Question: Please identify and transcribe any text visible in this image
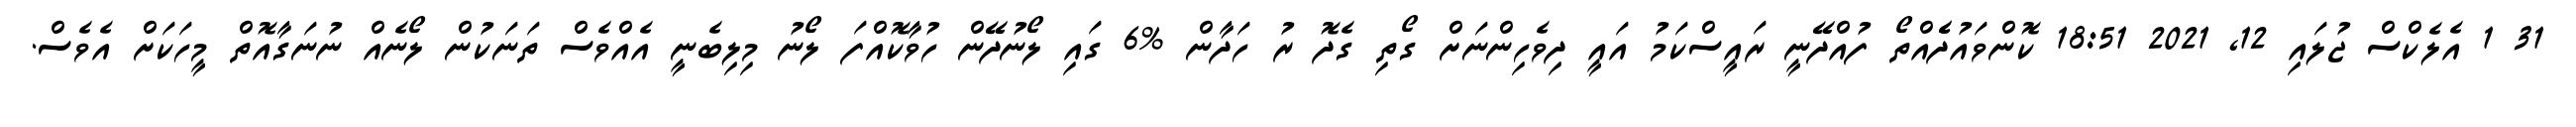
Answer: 31 1 އެލެކްސް ޖުލައި 12, 2021 18:51 ކޮންވައުދެެއްތޯ ފުއްދޭނީ ރައީސްކަމު އައީ ދިވެހިންނަށް ގޯތި ގެދޮ ރު ހަދާން %6 ގައި ލޯނުދޭން ހުވާކޮއްފަ ލޯނު މިލިބެނީ އެއްވެސް ތަނަކުން ލޯނެއް ނުނަގާއޮތް މީހަކަށް އެވެސް.